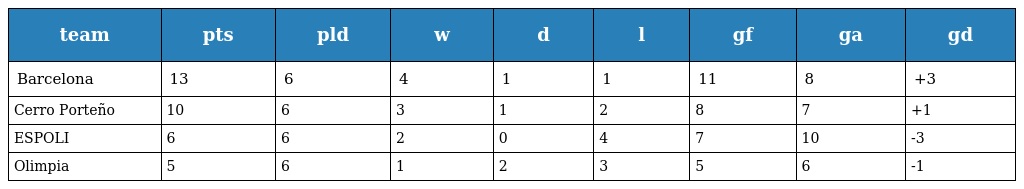
| team | pts | pld | w | d | l | gf | ga | gd |
 | --- | --- | --- | --- | --- | --- | --- | --- | --- |
 | Barcelona | 13 | 6 | 4 | 1 | 1 | 11 | 8 | +3 |
 | Cerro Porteño | 10 | 6 | 3 | 1 | 2 | 8 | 7 | +1 |
 | ESPOLI | 6 | 6 | 2 | 0 | 4 | 7 | 10 | -3 |
 | Olimpia | 5 | 6 | 1 | 2 | 3 | 5 | 6 | -1 |